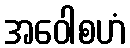
အဝေါစဟံ